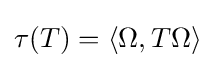
\tau (T)=\langle \Omega ,T\Omega \rangle